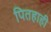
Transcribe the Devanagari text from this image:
पितहाही